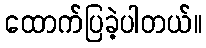
ထောက်ပြခဲ့ပါတယ်။